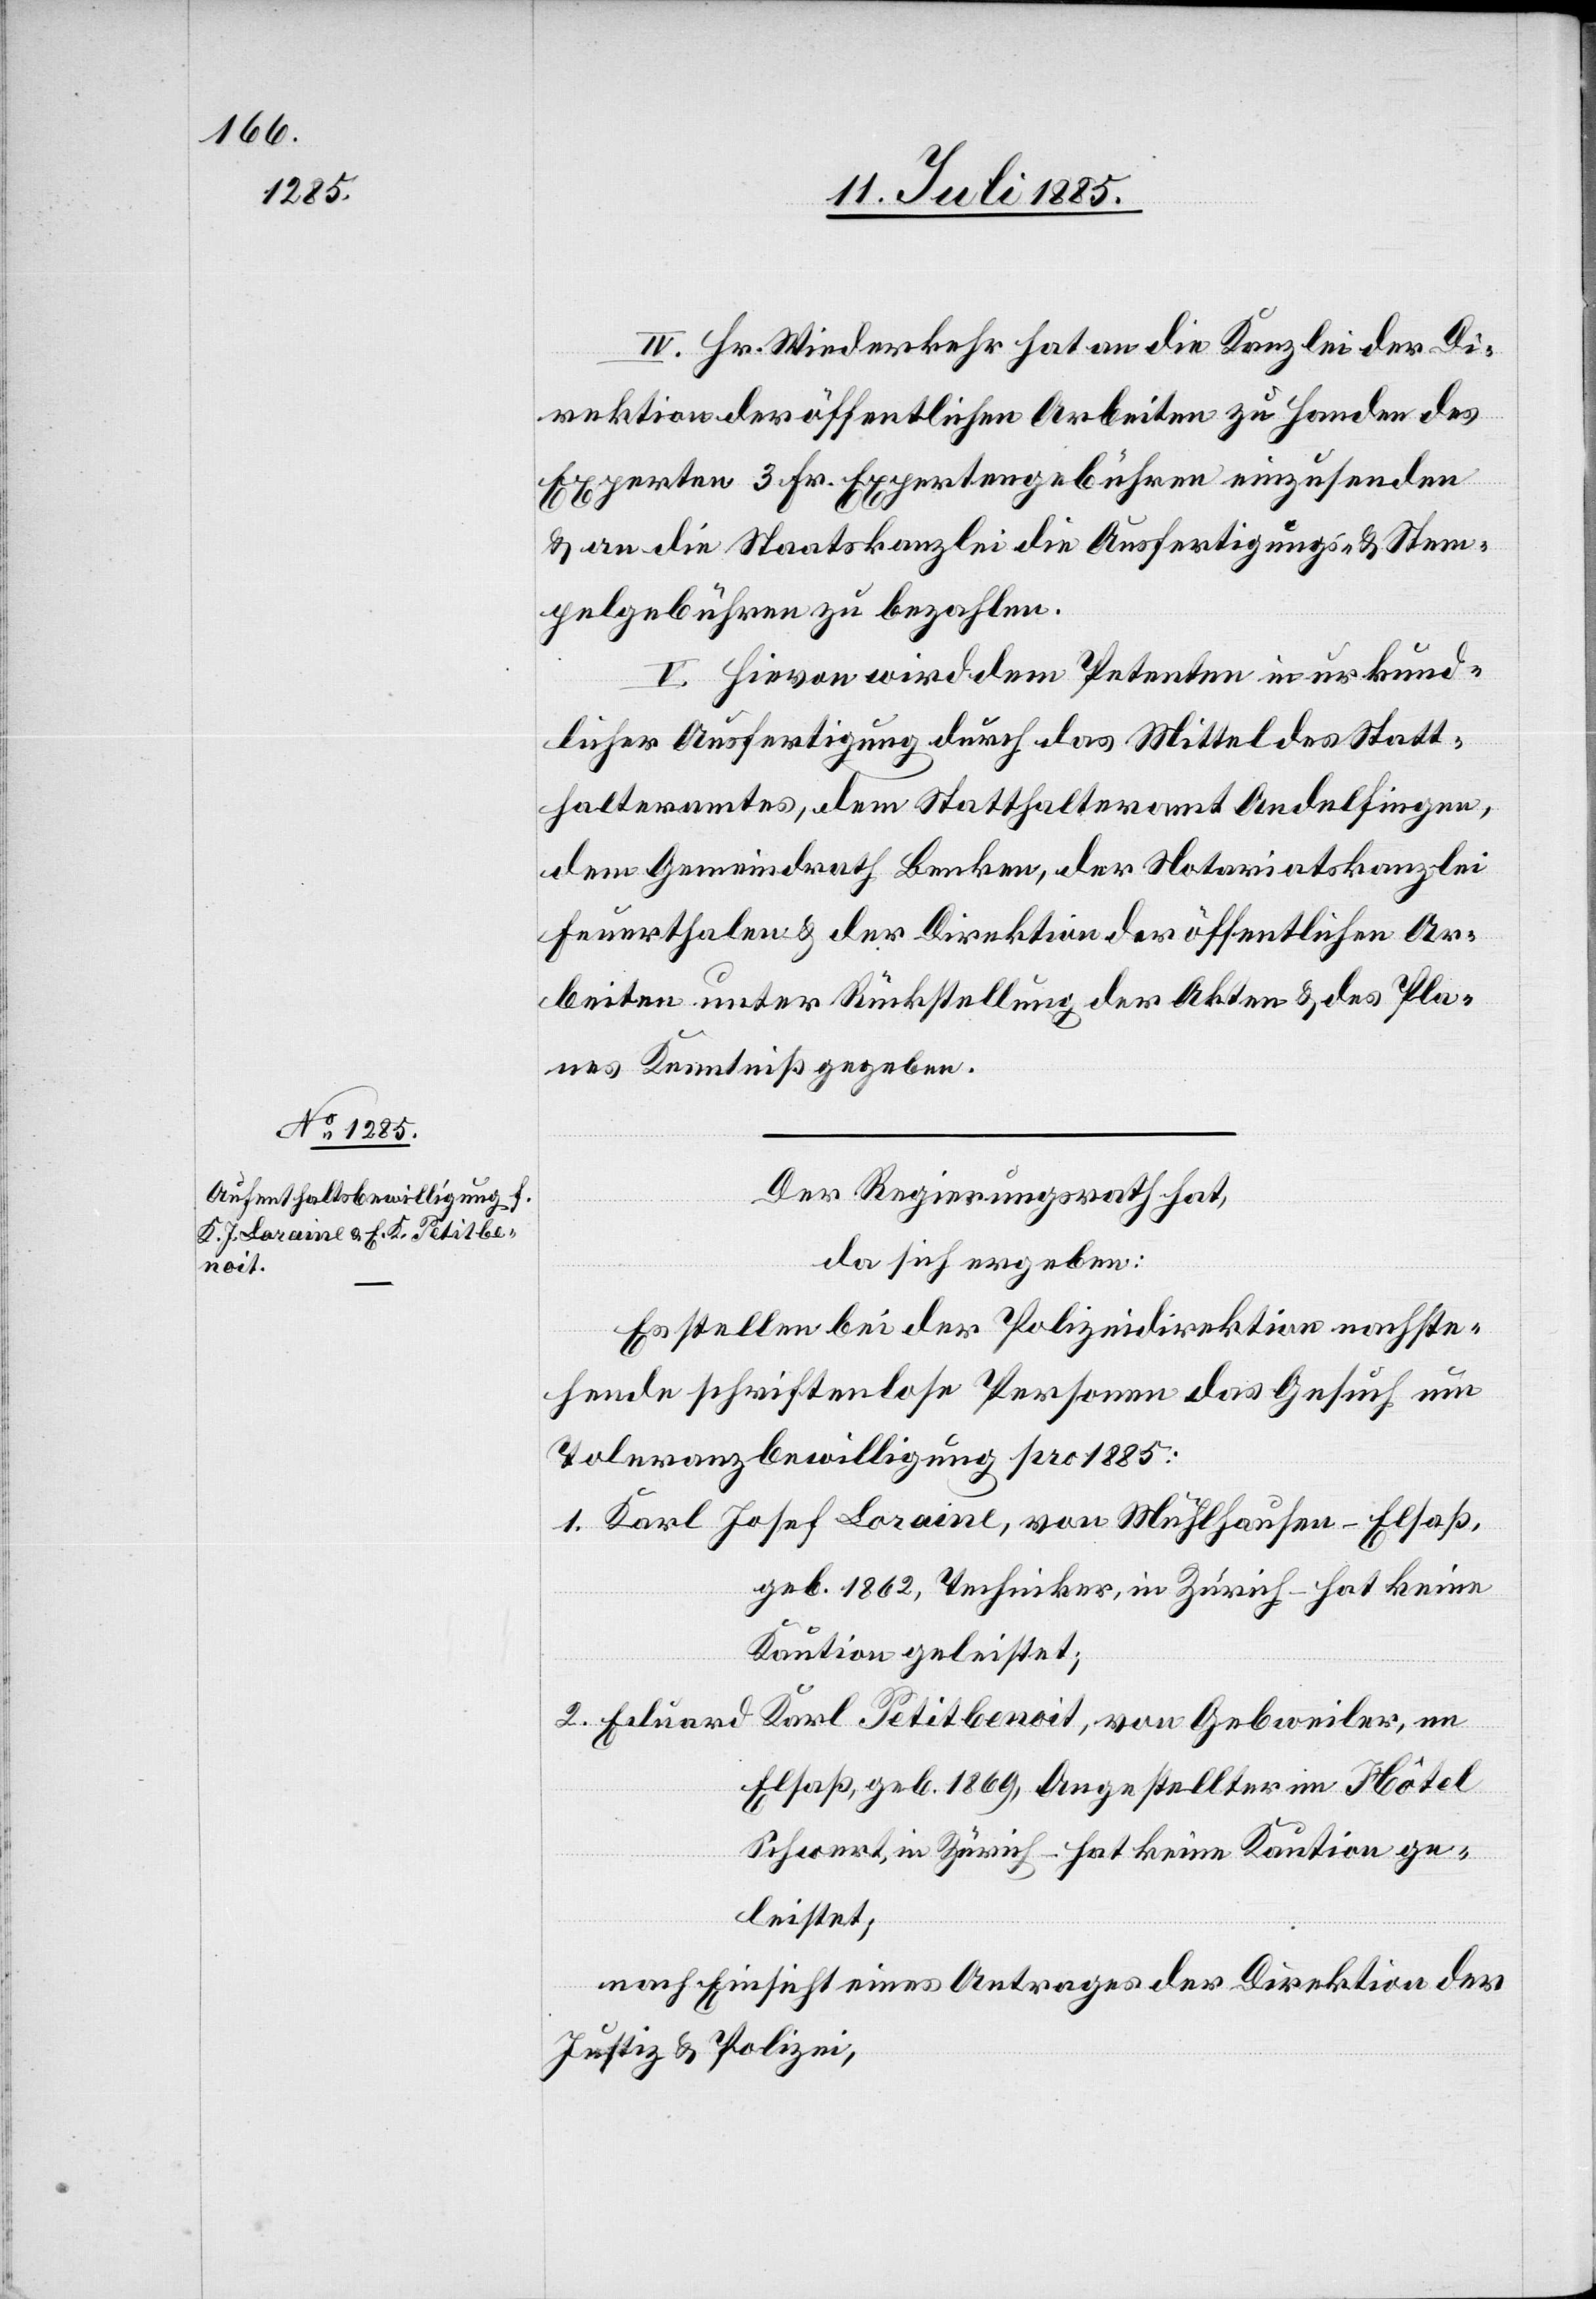
IV. Hr. Wiederkehr hat an die Kanzlei der Di¬
rektion der öffentlichen Arbeiten zu Handen des
Experten 3 Fr. Expertengebühren einzusenden
& an die Staatskanzlei die Ausfertigungs- & Stem¬
pelgebühren zu bezahlen.
V. Hievon wird dem Petenten in urkund¬
licher Ausfertigung durch das Mittel des Statt¬
halteramtes, dem Statthalteramt Andelfingen,
dem Gemeindrath Benken, der Notariatskanzlei
Feuerthalen & der Direktion der öffentlichen Ar¬
beiten unter Rückstellung der Akten & des Pla¬
nes Kenntniß gegeben.
Der Regierungsrath hat,
da sich ergeben:
Es stellen bei der Polizeidirektion nachste¬
hende schriftenlose Personen das Gesuch um
Toleranzbewilligung pro 1885:
1. Karl Josef Loraine, von Mühlhausen - Elsaß,
geb. 1868, Techniker, in Zürich – hat keine
Kaution geleistet;
2. Eduard Karl Petitbenoit, von Gebweiler, im
Elsaß, geb. 1869, Angestellter im Hôtel
Schwert, in Zürich – hat keine Kaution ge¬
leistet;
nach Einsicht eines Antrages der Direktion der
Justiz & Polizei,